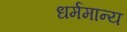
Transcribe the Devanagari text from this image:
धर्ममान्य